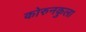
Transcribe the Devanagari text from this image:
कोरुनकुला